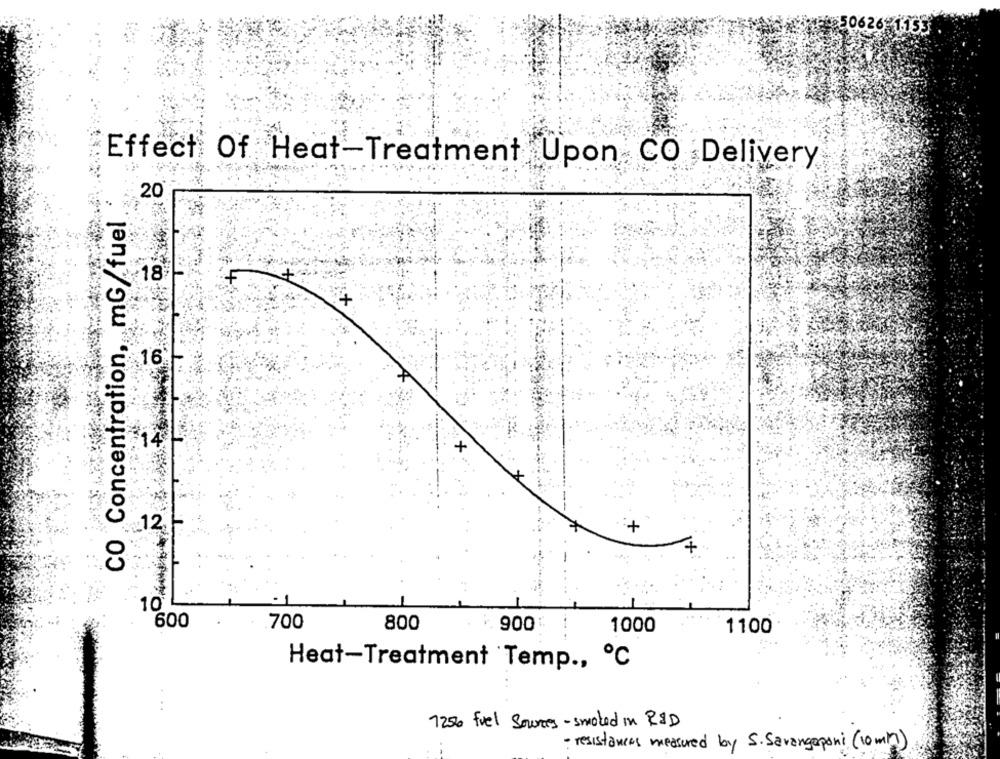
Effect Of Heat-Treatment Upon CO Delivery
20
CO Concentration, mG/fuel
18 -
+
16-
14
.: 12
+
10
600
.700
800
900€
1000
1100
Heat-Treatment Temp ., ℃
7250 fuel Sources- smoked in R&D
- resistances measured by S. Savangaponi (10mm)